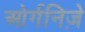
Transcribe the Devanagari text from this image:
ओर्गनिज़े